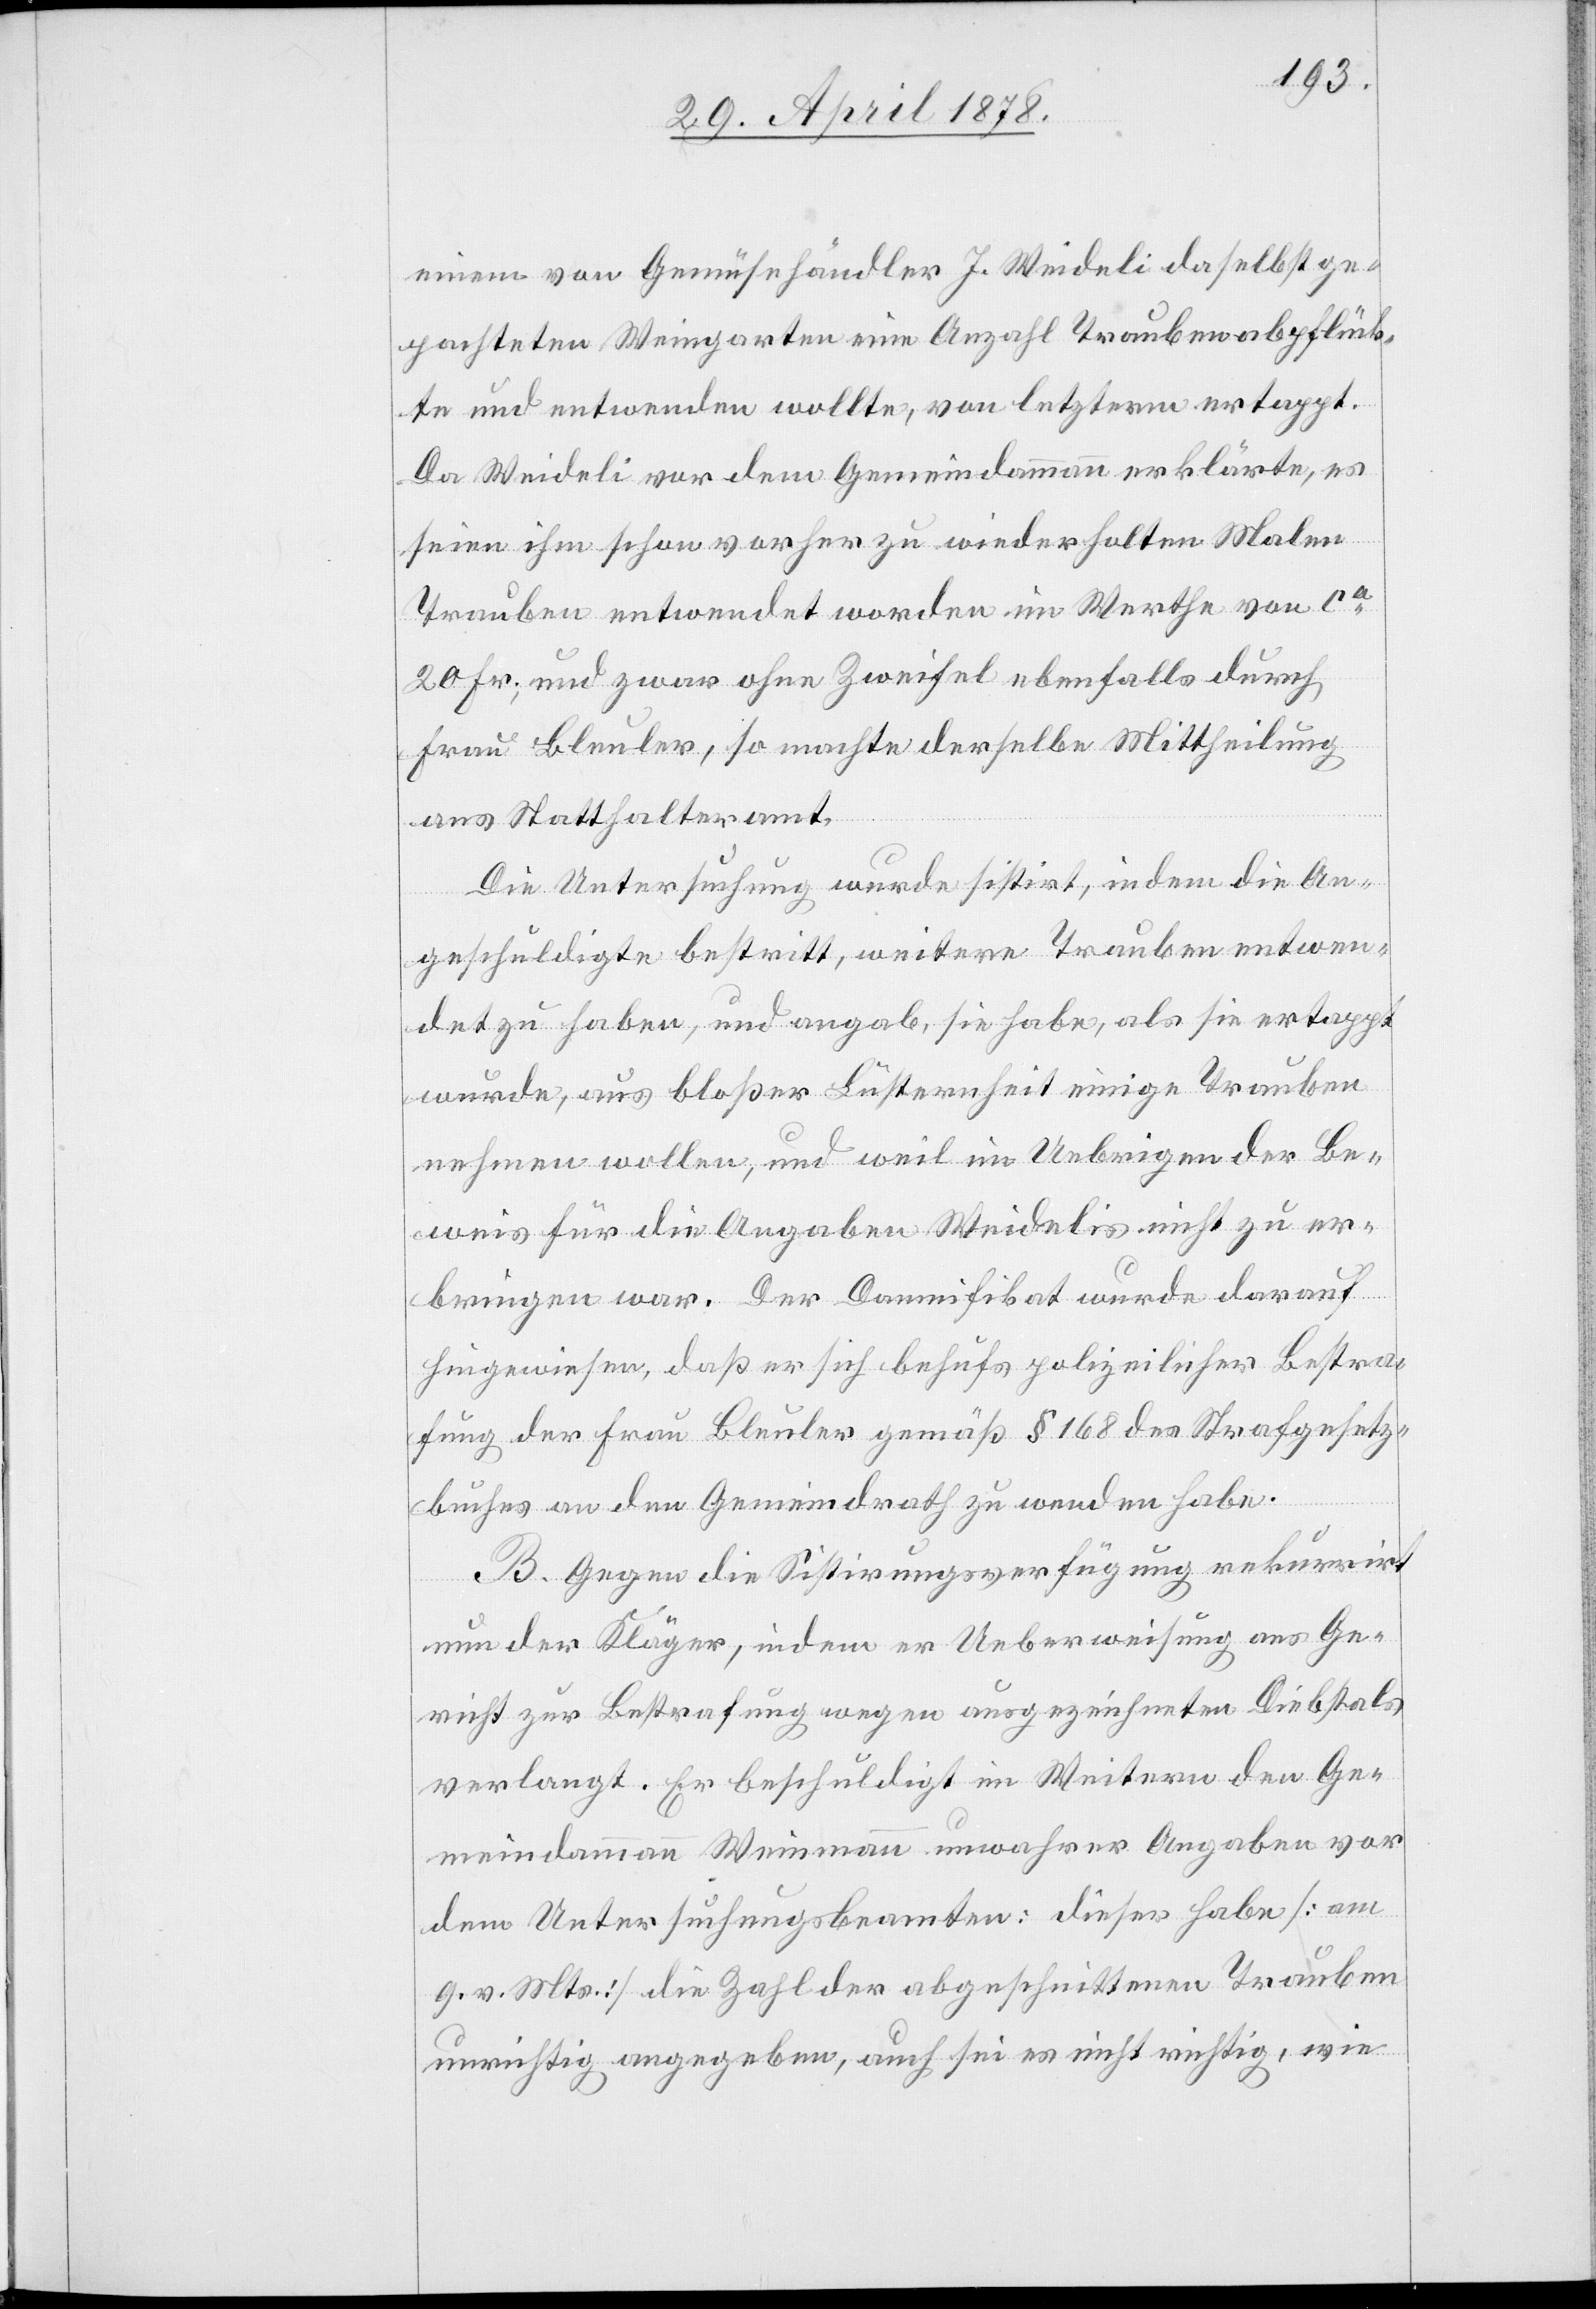
einem vom Gemüsehändler J. Weideli daselbst ge¬
pachteten Weingarten eine Anzahl Trauben abpflück¬
te und entwenden wollte, von letzterm ertappt.
Da Weideli vor dem Gemeindammann erklärte, es
seien ihm schon vorher zu wiederholten Malen
Trauben entwendet worden im Werthe von ca
20 Fr., und zwar ohne Zweifel ebenfalls durch
Frau Bleuler, so machte derselbe Mittheilung
ans Statthalteramt.
Die Untersuchung wurde sistirt, indem die An¬
geschuldigte bestritt, weitere Trauben entwen¬
det zu haben, und angab, sie habe als sie ertappt
wurde, aus bloßer Lüsternheit einige Trauben
nehmen wollen, und weil im Uebrigen der Be¬
weis für die Angaben Weidelis nicht zu er¬
bringen war. Der Damnifikat wurde darauf
hingewiesen, daß er sich behufs polizeilicher Bestra¬
fung der Frau Bleuler gemäß § 168 des Strafgesetz¬
buches an den Gemeindrath zu wenden habe.
B. Gegen die Sistirungsverfügung rekurrirt
nun der Kläger, indem er Ueberweisung ans Ge¬
richt zur Bestrafung wegen ausgezeichneten Diebstals
verlangt. Er beschuldigt im weitern den Ge¬
meindammann Weinmann unwahrer Angaben vor
dem Untersuchungsbeamten: dieser habe [am
9. v. Mts.] die Zahl der abgeschnittenen Trauben
unrichtig angegeben, auch sei es nicht richtig, wie